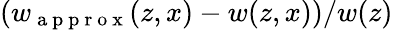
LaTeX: \left(w_{\mathrm{~a~p~p~r~o~x~}}(z,x)-w(z,x)\right)/w(z)